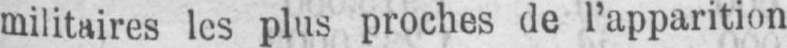
militaires les plus proches de l’apparition